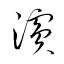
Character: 濱